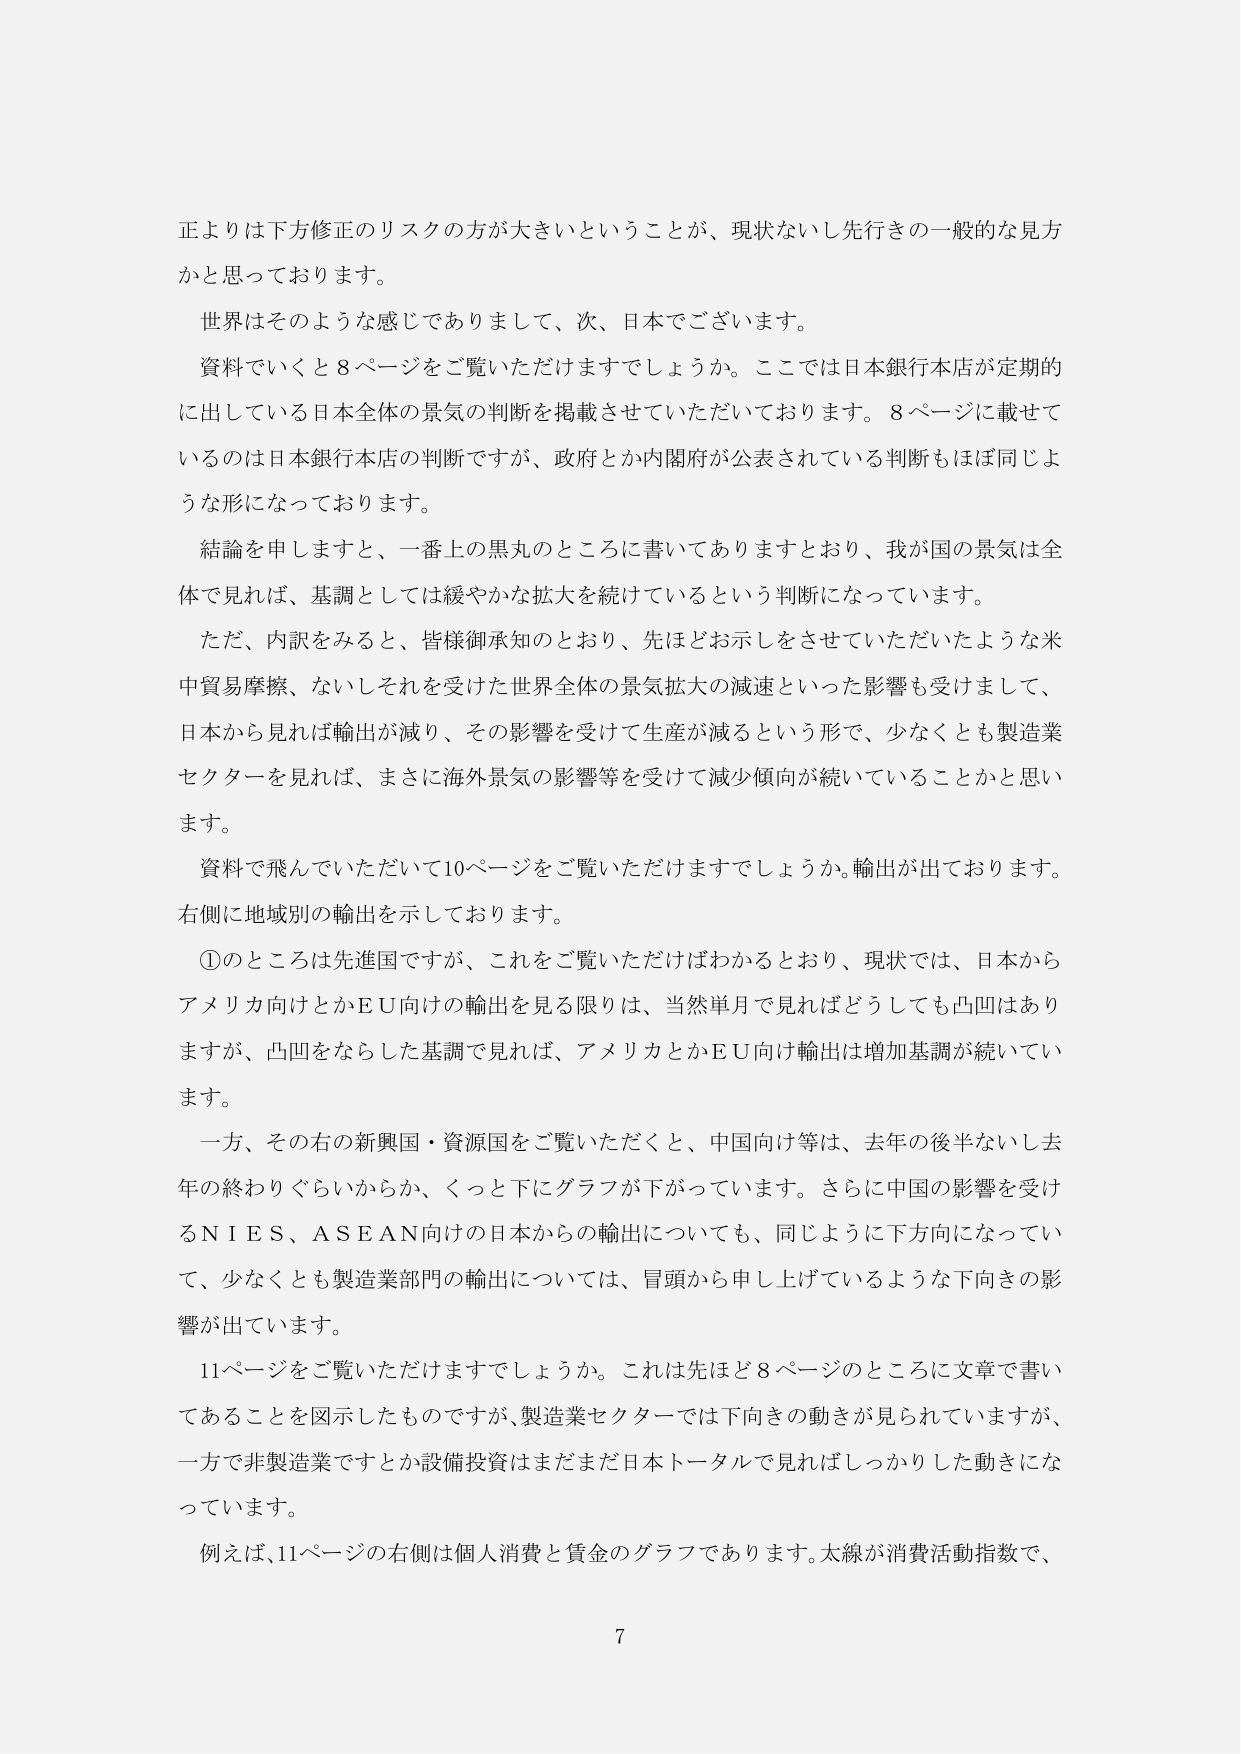
正よりは下方修正のリスクの方が大きいということが、現状ないし先行きの一般的な見方かと思っております。

世界はそのような感じでありまして、次、日本でございます。

資料でいくと8ページをご覧いただけますでしょうか。ここでは日本銀行本店が定期的に出している日本全体の景気の判断を掲載させていただいております。8ページに載せているのは日本銀行本店の判断ですが、政府とか内閣府が公表されている判断もほぼ同じような形になっております。

結論を申しますと、一番上の黒丸のところに書いてありますとおり、我が国の景気は全体で見れば、基調としては緩やかな拡大を続けているという判断になっています。

ただ、内訳をみると、皆様御承知のとおり、先ほどお示しをさせていただいたような米中貿易摩擦、ないしそれを受けた世界全体の景気拡大の減速といった影響も受けまして、日本から見れば輸出が減り、その影響を受けて生産が減るという形で、少なくとも製造業セクターを見れば、まさに海外景気の影響等を受けて減少傾向が続いていることかと思います。

資料で飛んでいただいて10ページをご覧いただけますでしょうか。輸出が出ております。右側に地域別の輸出を示しております。

①のところは先進国ですが、これをご覧いただければわかるとおり、現状では、日本からアメリカ向けとかＥＵ向けの輸出を見る限りは、当然単月で見ればどうしても凸凹はありますか、凸凹をならした基調で見れば、アメリカとかＥＵ向け輸出は増加基調が続いています。

一方、その右の新興国・資源国をご覧いただくと、中国向け等は、去年の後半ないし去年の終わりぐらいからか、くっと下にグラフが下がっています。さらに中国の影響を受けるＮＩＥＳ、ＡＳＥＡＮ向けの日本からの輸出についても、同じように下方向になっていて、少なくとも製造業部門の輸出については、冒頭から申し上げているような下向きの影響が出ています。

11ページをご覧いただけますでしょうか。これは先ほど8ページのところに文章で書いてあることを図示したものですが、製造業セクターでは下向きの動きが見られていますが、一方で非製造業ですとか設備投資はまだまだ日本トータルで見ればしっかりした動きになっています。

例えば、11ページの右側は個人消費と賃金のグラフであります。太線が消費活動指数で、

7